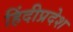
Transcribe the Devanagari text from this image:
हिंदीप्रदेश